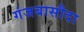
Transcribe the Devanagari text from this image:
गंजबासौदा